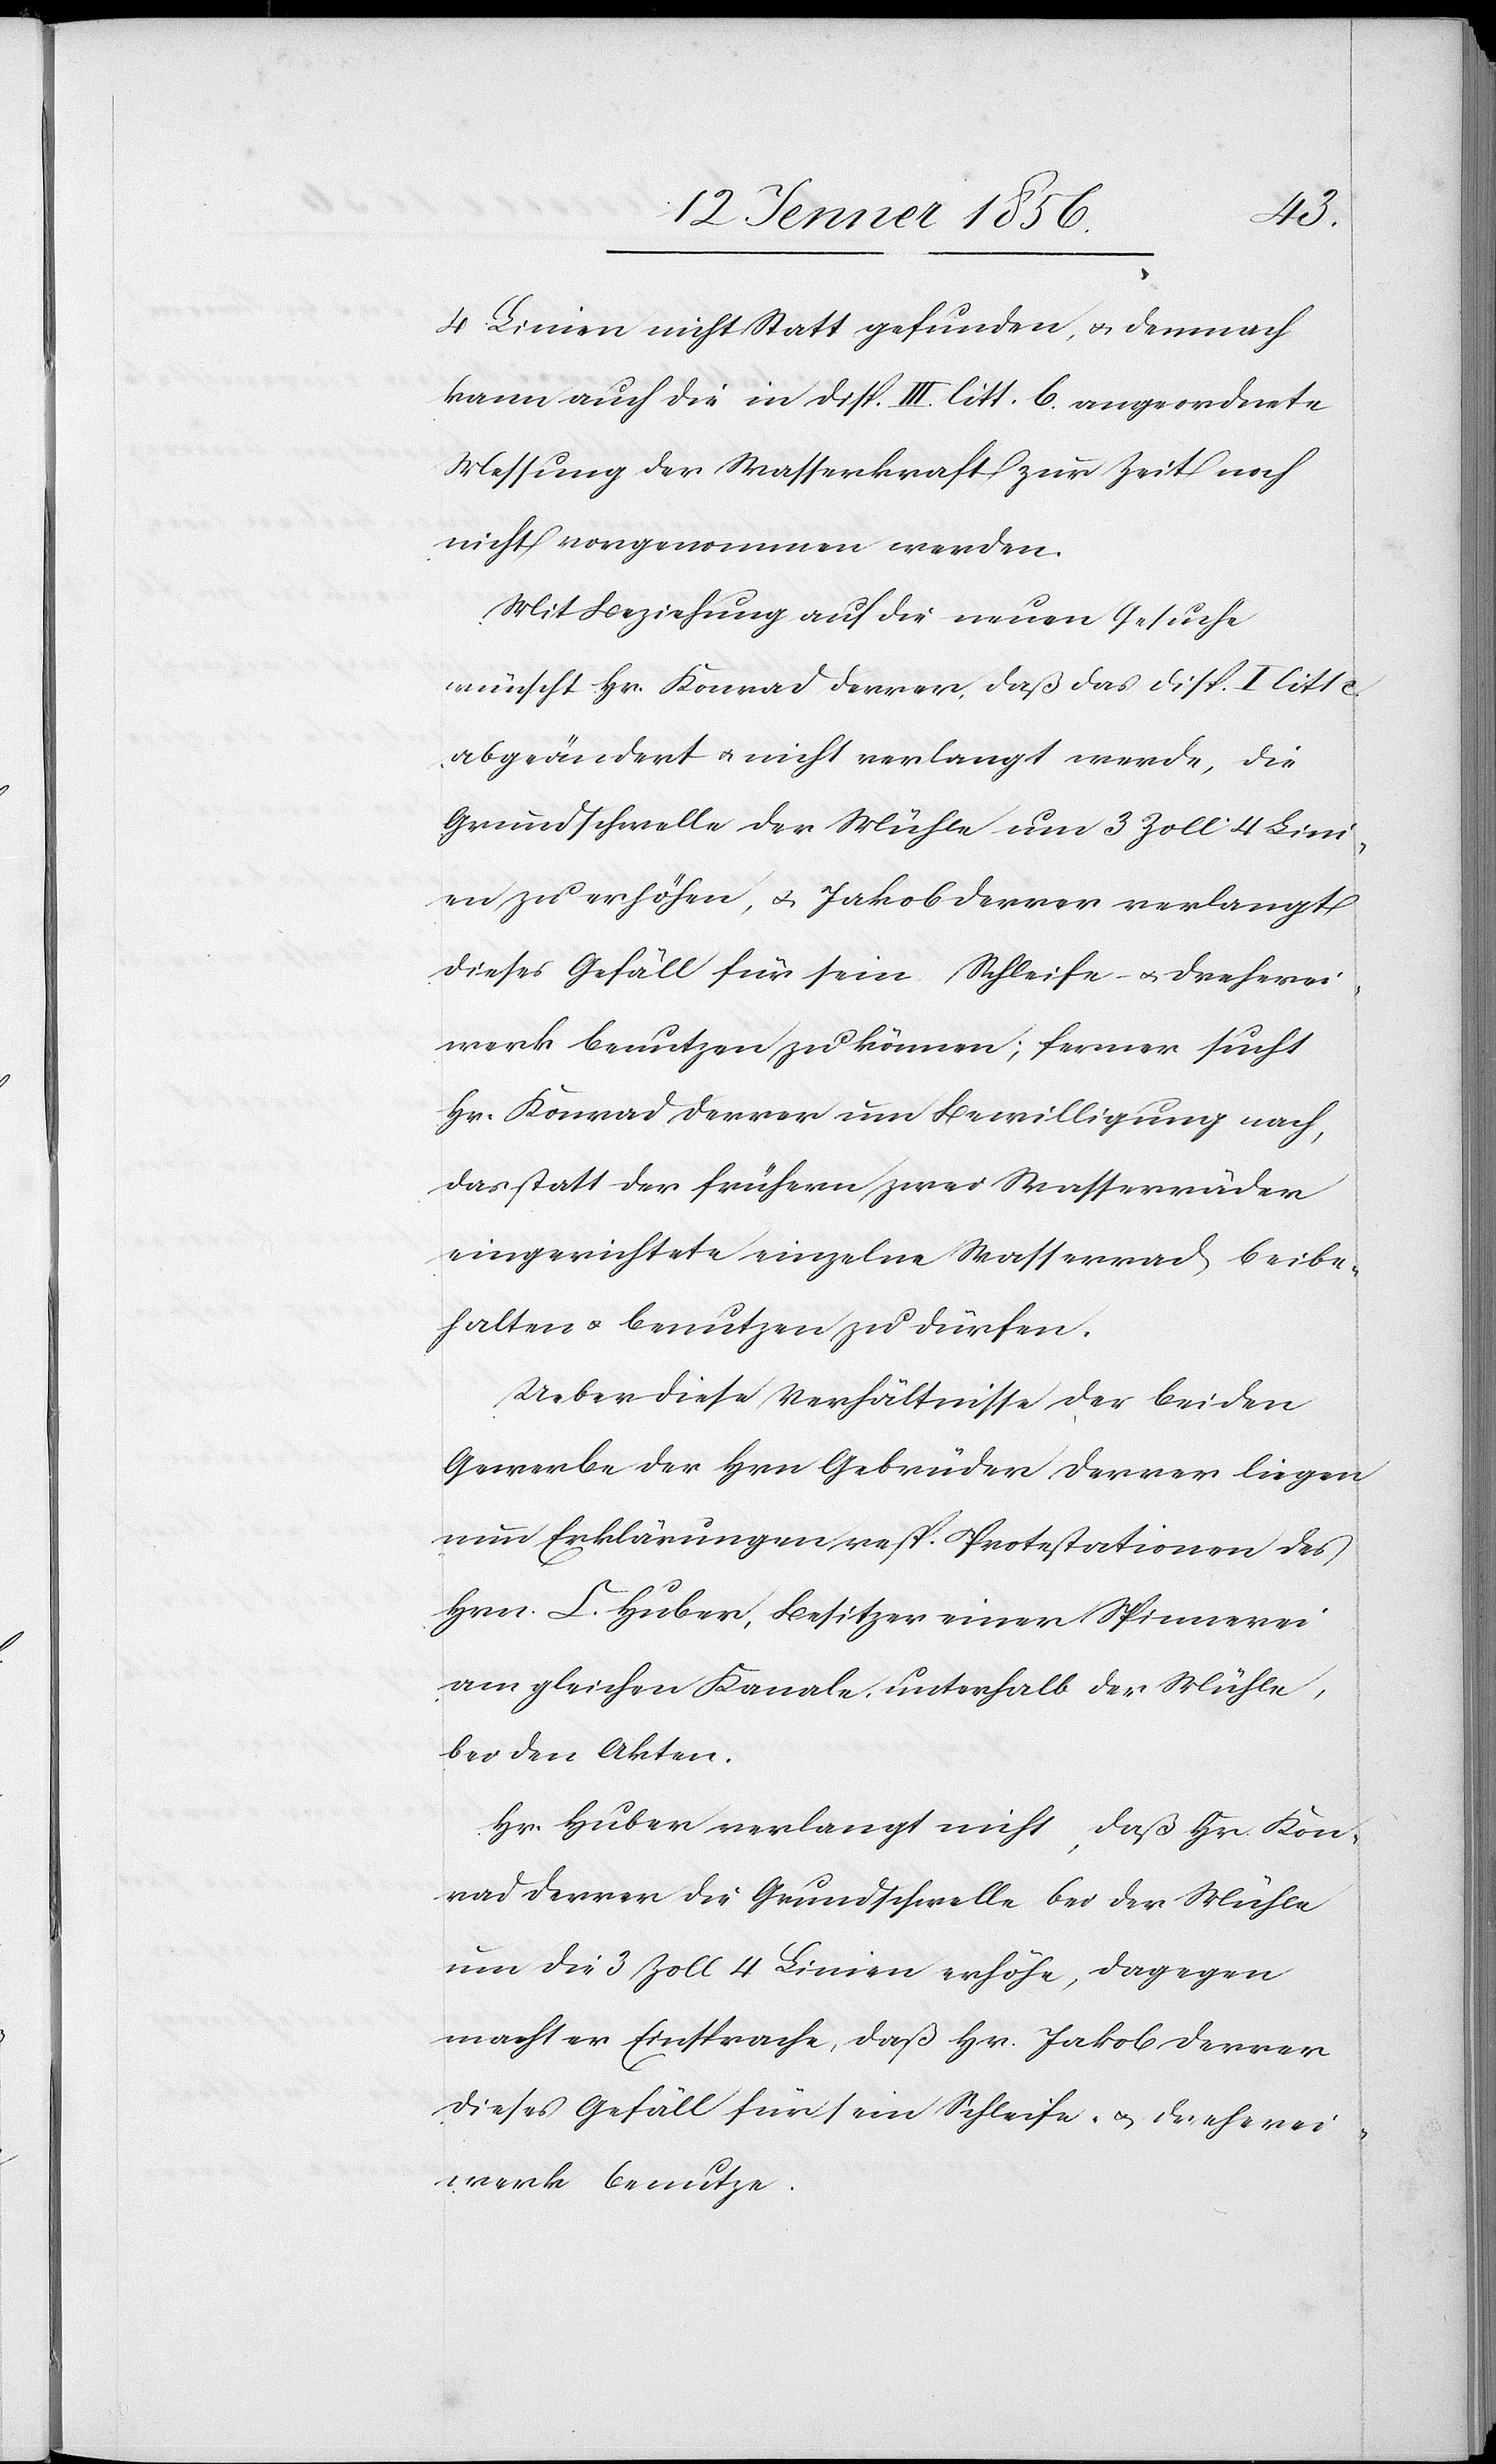
4 Linien nicht Statt gefunden, u. demnach
kann auch die in Disp. III. litt. b. angeordnete
Messung der Wasserkraft zur Zeit noch
nicht vorgenommen werden.
Mit Beziehung auf die neuen Gesuche
wünscht Hr. Konrad Derrer, daß das Disp. I litt.
abgeändert u. nicht verlangt werde, die
Grundschwelle der Mühle um 3 Zoll 4 Lini¬
en zu erhöhen, u. Jakob Derrer verlangt
dieses Gefäll für sein Schleife- u. Dreherei¬
werk benutzen zu können; ferner sucht
Hr. Konrad Derrer um Bewilligung nach,
das statt der frühern zwei Wasserräder
eingerichtete einzelne Wasserrad beibe¬
halten u. benutzen zu dürfen.
Ueber diese Verhältnisse der beiden
Gewerbe der Hrn Gebrüder Derrer liegen
nun Erklärungen resp. Protestationen des
Hrn. C. Huber, Besitzer einer Spinnerei
am gleichen Kanale, unterhalb der Mühle,
bei den Akten.
Hr. Huber verlangt nicht, daß Hr. Kon¬
rad Derrer die Grundschwelle bei der Mühle
um die 3 Zoll 4 Linien erhöhe, dagegen
macht er Einsprache, daß Hr. Jakob Derrer
dieses Gefäll für sein Schleife- u. Dreherei¬
werk benutze.